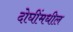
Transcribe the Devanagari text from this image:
दोघींमधील